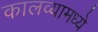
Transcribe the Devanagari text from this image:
कालव्यामध्ये